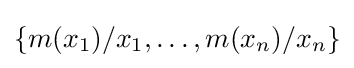
\{m(x_{1})/x_{1},\dots ,m(x_{n})/x_{n}\}